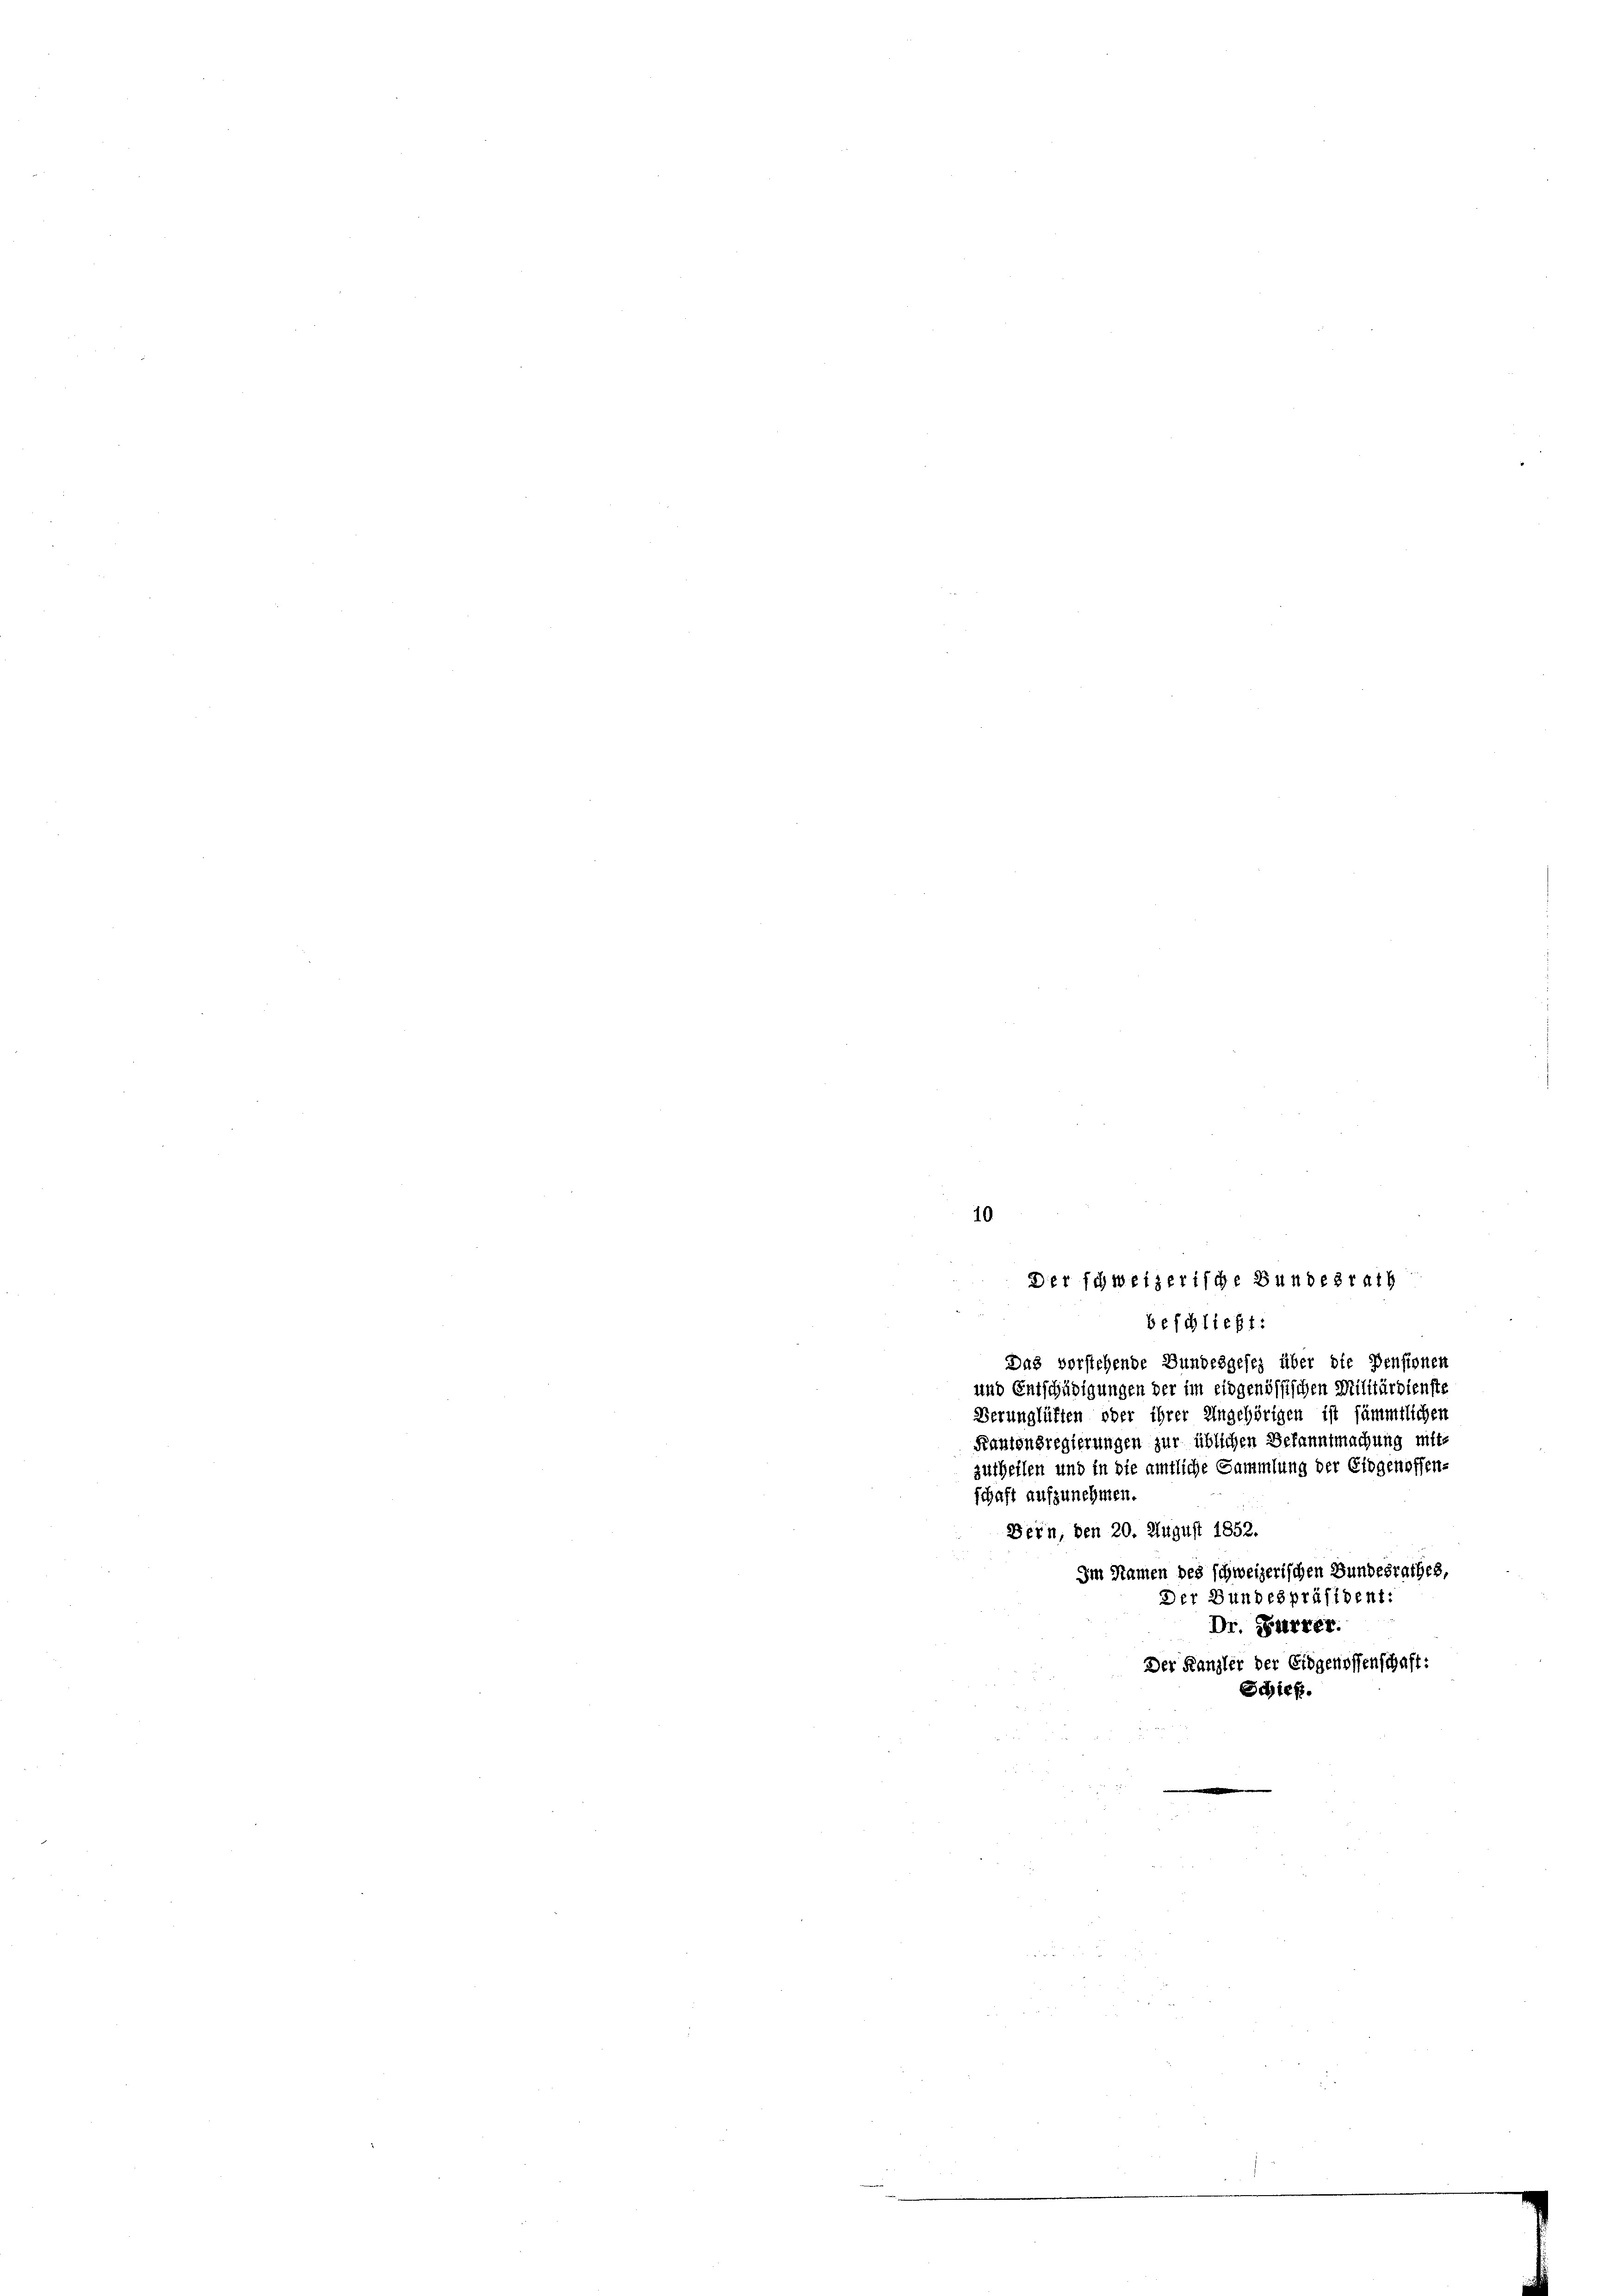
Das vorstehende Bundesgesez über die Pensionen
und Entschädigungen der im eidgenössischen Militärdienste
Verunglüften oder ihrer Ungehörigen ist sämmtlichen
Kantonsregierungen zur üblichen Bekanntmachung mitzutheilen und in die amtliche Sammlung der Eidgenossen-
schaft aufzunehmen.
Bern, den 20. August 1852.
Im Namen des schweizerischen Bundesrathes,
Der Bundespräsident:
Dr. Furrer.
Der Kanzler der Eidgenossenschaft:
Schieß.

10
Der schweizerische Bundesrath
beschließt: